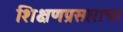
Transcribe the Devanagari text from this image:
शिक्षणप्रसाराचा